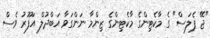
"ޖޭ ޕެލަސް" ގެ މާކެޓިންގެ މާކެޓިންގެ ޒިންމާ ނަންގަވާ އަބްދުލް އަފޫރު ވެސް